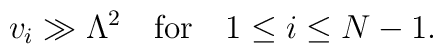
v_{i} \gg \Lambda^{2}\quad {\rm for}\quad 1\leq i\leq N-1.